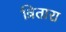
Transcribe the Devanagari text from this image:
त्रितारा